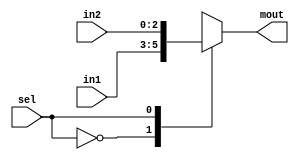
module mux2to1_3bits(input [2:0] in1, input [2:0] in2,input sel, output reg [2:0] mout);
 always@(in1 or in2 or sel)
    begin
      case(sel)
        1'b0: mout=in1;
        1'b1: mout=in2;
      endcase
  end
endmodule